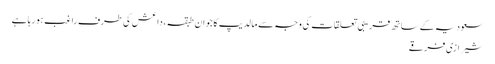
سعودیہ کے ساتھ قریبی تعلقات کی وجہ سے مالدیپ کا جوان طبقہ، داعش کی طرف راغب ہورہا ہے
شیرازی فرقے